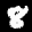
Label: 8